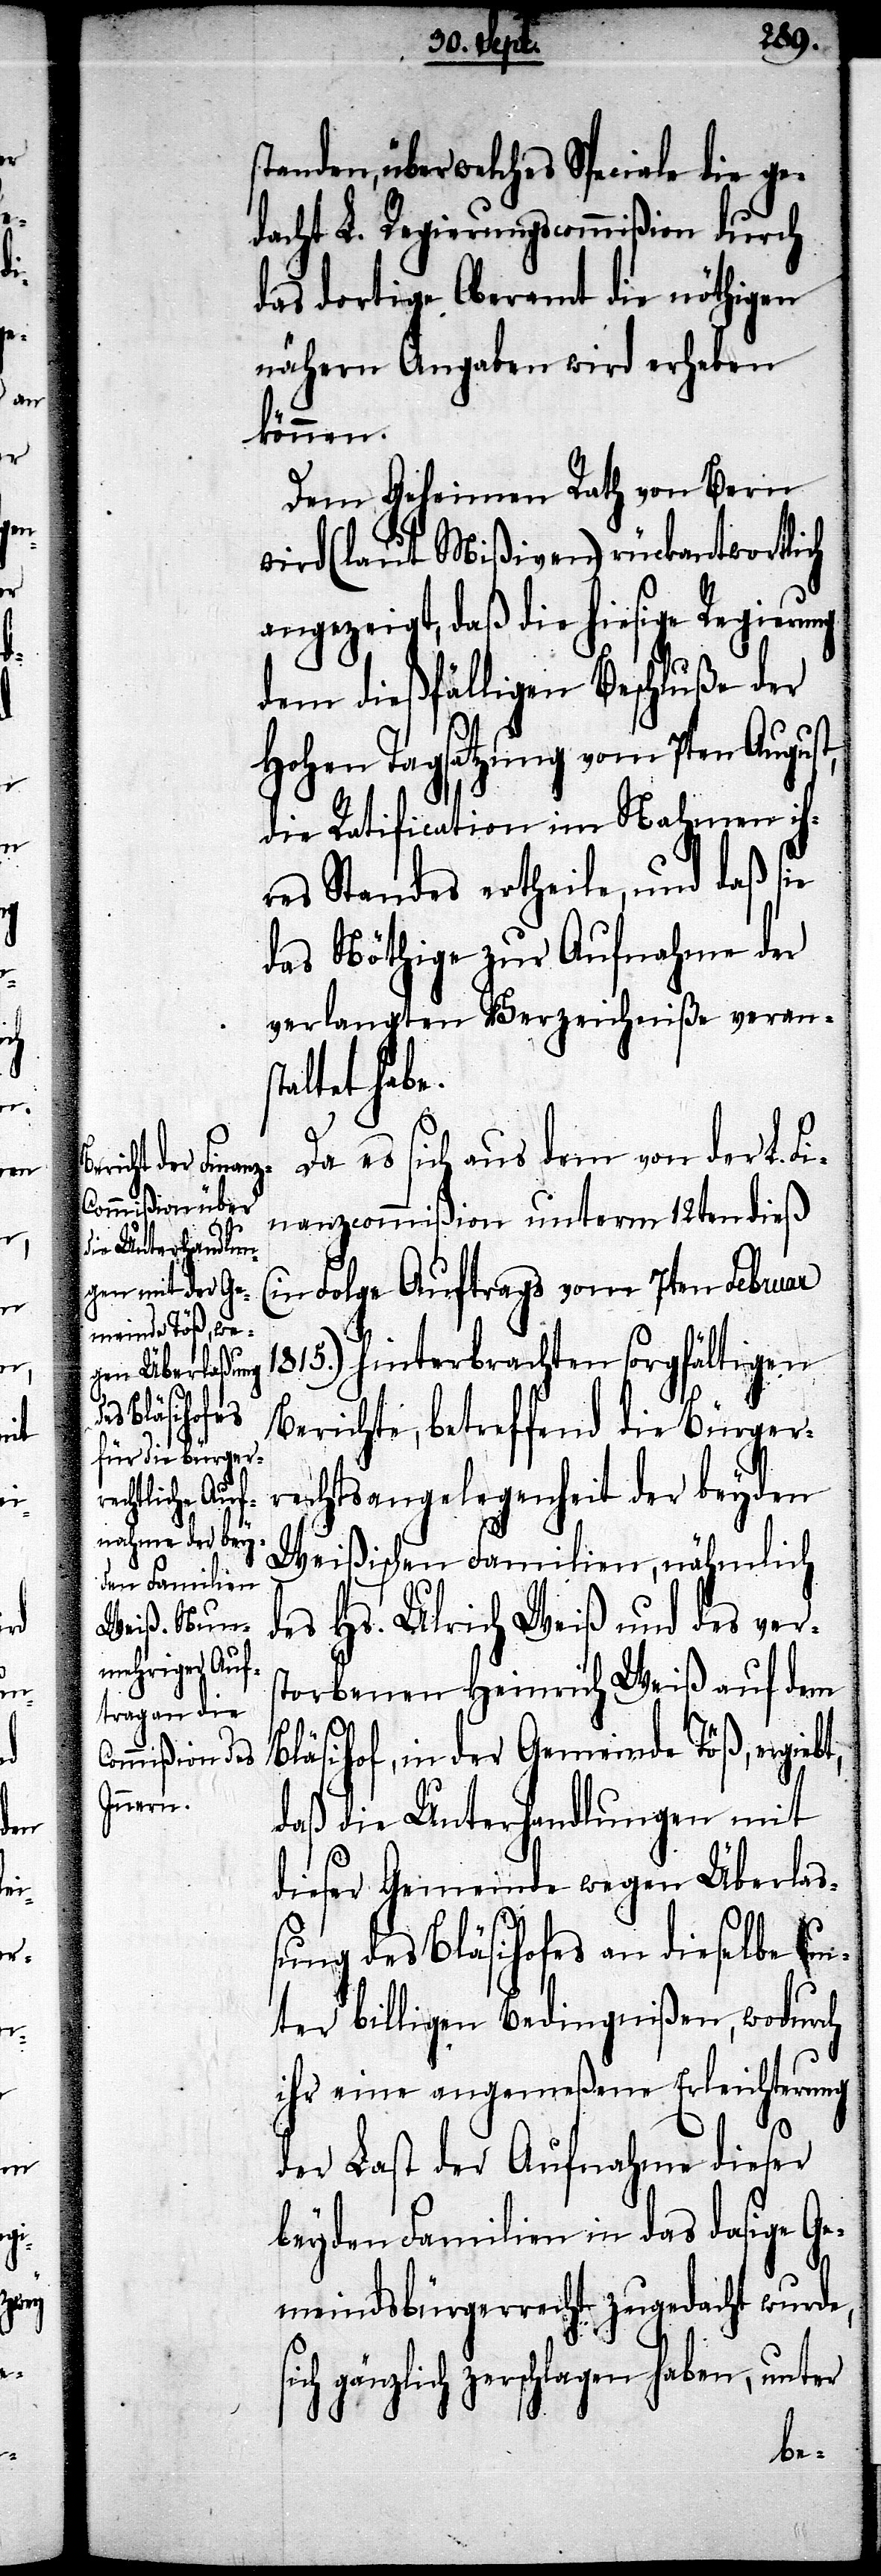
a¬

standen, über welches Speciale die ge¬
dacht L. Regierungscommißion durch
das dortige Oberamt die nöthigen
nähren Angaben wird erheben
können.
Dem Geheimen Rath von Bern
wird (laut Mißiven) rückantwortlich
ngezeigt, daß die hiesige
dem dießfälligen Beschluße der
Hohen Tagsatzung vom 7ten August,
die Ratification im Nahmen ih¬
res Standes ertheile, und daß sie
das Nöthige zur Aufnahme der
verlangten Verzeichniße verans¬
taltet habe.
Da es sich aus dem von der L.
Finanzcommißion unterm 12ten dieß
(in Folge Auftrags vom 7ten Februar
1815.) hinterbrachten sorgfältigen
Berichte, betreffend die Bürger¬
rechtsangelegenheit der beyden
Weißischen Familien, nähmlich
des Hs. Ulrich Weiß und des vers¬
torbenen Heinrich Weiß auf dem
Bläsihof, in der Gemeinde Töß, ergiebt,
daß die Unterhandlung mit
dieser Gemeinde wegen Überlaß¬
ung des Bläsihofes an dieselbe un¬
ter billigen Bedingnißen, wodurch
ihr eine angemeßene Erleichterung
der Last der Aufnahme dieser
beyden Familien in das dasige Ge¬
meindsbürgerrecht zugedacht wurde,
gänzlich zerschlagen haben, unter